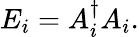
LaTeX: E_{i}=A_{i}^{\dagger}A_{i}.